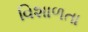
વિશાળતા